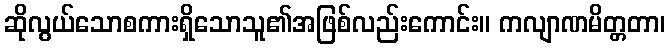
ဆိုလွယ်သောစကားရှိသောသူ၏အဖြစ်လည်းကောင်း။ ကလျာဏမိတ္တတာ၊